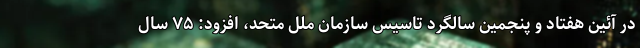
در آئین هفتاد و پنجمین سالگرد تاسیس سازمان ملل متحد، افزود: ۷۵ سال